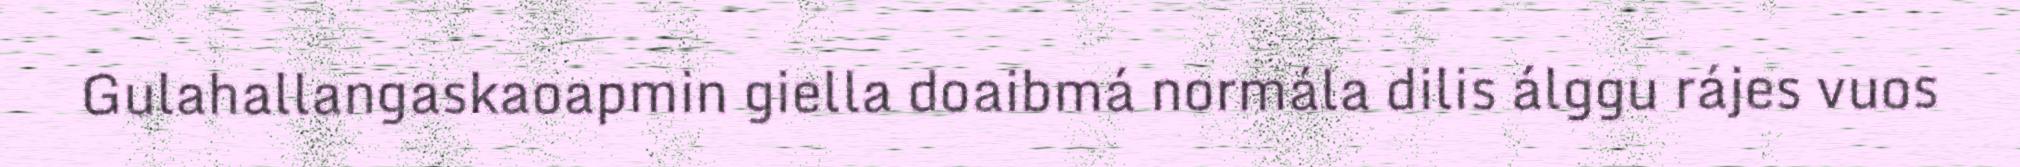
Gulahallangaskaoapmin giella doaibmá normála dilis álggu rájes vuos